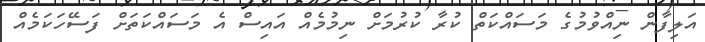
އަލިފާން ނިއްވުމުގެ މަސައްކަތް ކުރާ ކުރުމަށް ނިމުމެއް އައިސް އެ މަސައްކަތަށް ފަސޭހަކަމެއް